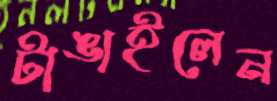
টাঙাইলেন